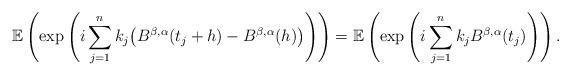
LaTeX: \begin{align*}\mathbb{E}\left(\exp\left(i\sum_{j=1}^{n}k_{j}\big(B^{\beta,\alpha}(t_{j}+h)-B^{\beta,\alpha}(h)\big)\right)\right)=\mathbb{E}\left(\exp\left(i\sum_{j=1}^{n}k_{j}B^{\beta,\alpha}(t_{j})\right)\right).\end{align*}